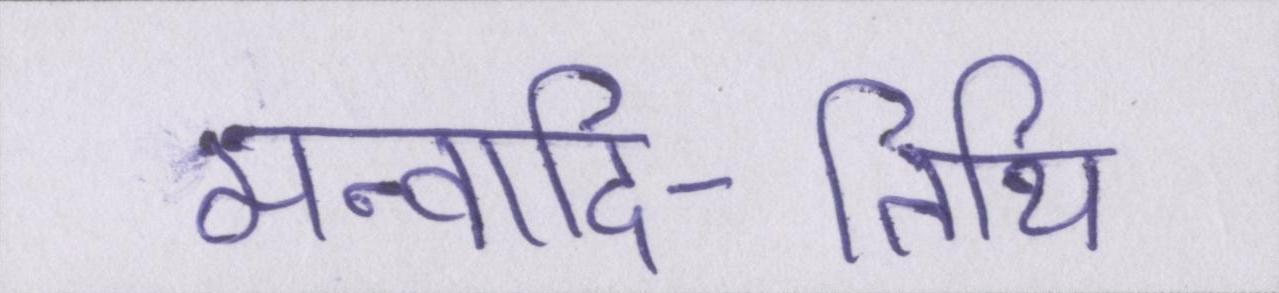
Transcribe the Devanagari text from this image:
मन्वादि-तिथि